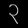
Digit: ၃